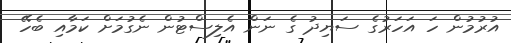
އުރުމުން ހަ އަހަރުގެ ސަޔިދު ގެ ނަން އެލިސްޓުން ނެގުމަށް ކަމާއި ބެހޭ